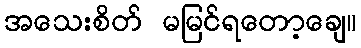
အသေးစိတ် မမြင်ရတော့ချေ။